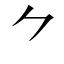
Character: ⺈